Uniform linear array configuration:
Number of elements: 16
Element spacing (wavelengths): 0.5
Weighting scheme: hann
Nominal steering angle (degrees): -30
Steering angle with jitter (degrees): -30.943
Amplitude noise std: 0.05
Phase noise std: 0.05

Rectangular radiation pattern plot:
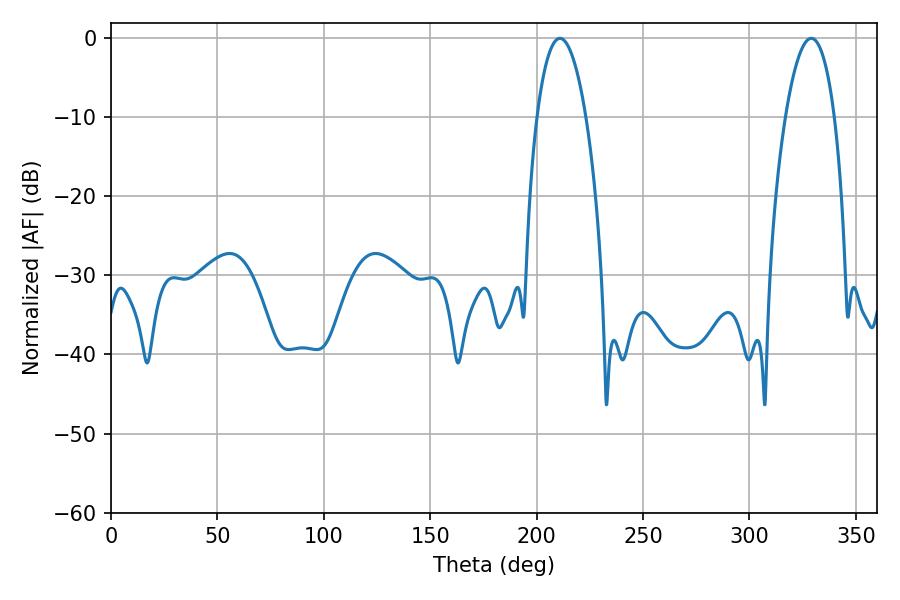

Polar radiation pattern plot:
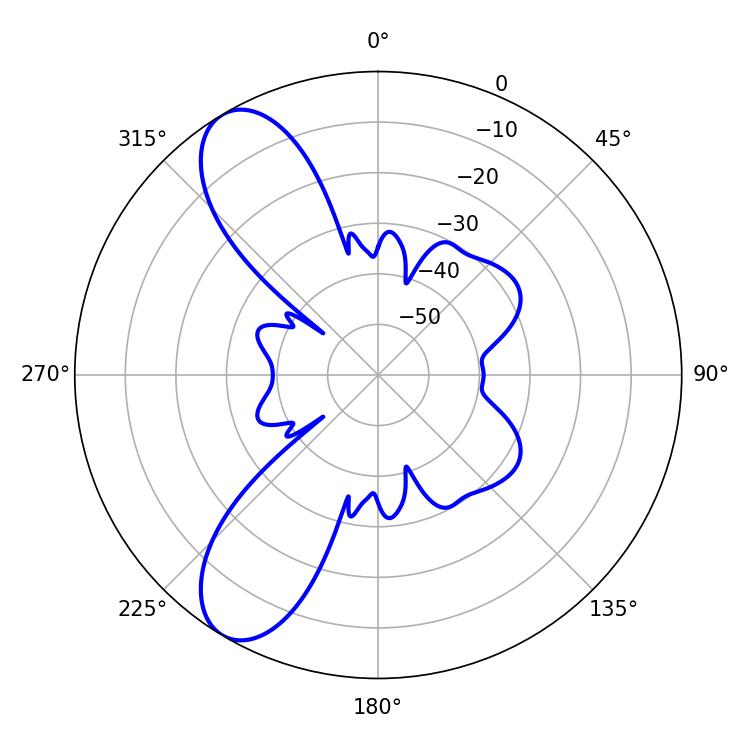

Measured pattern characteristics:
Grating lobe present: FALSE
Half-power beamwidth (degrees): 12.96
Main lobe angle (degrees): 329.04